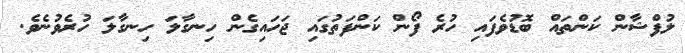
ލުފްޝާން ކަންތައް ބޮޑުވެފައި ހުރެ ފޯން ކަންފަތުގައި ޖަހައިގެން ހިނގާލަ ހިނގާލަ ހުރެވުނެވެ.